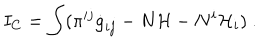
LaTeX: I _ { C } = \int ( \pi ^ { i j } \dot { g } _ { i j } - N { \cal H } - N ^ { i } { \cal H } _ { i } ) \ .